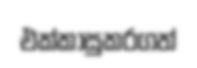
එක්කාසුකරගත්